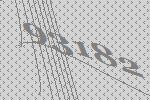
93182